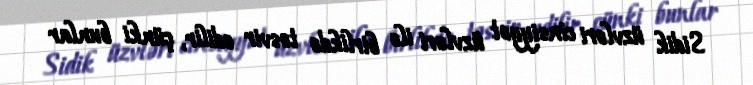
Sidik üzvləri cinsiyyət üzvləri ilə birlikdə təsvir edilir, çünki bunlar